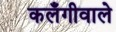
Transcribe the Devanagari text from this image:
कलँगीवाले